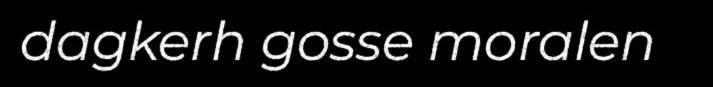
dagkerh gosse moralen